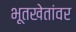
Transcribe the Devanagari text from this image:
भूतखेतांवर